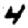
Digit: 4